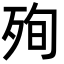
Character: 殉